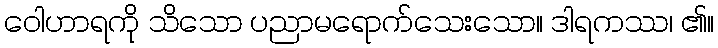
ဝေါဟာရကို သိသော ပညာမရောက်သေးသော။ ဒါရကဿ၊ ၏။